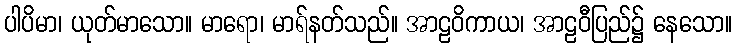
ပါပိမာ၊ ယုတ်မာသော။ မာရော၊ မာရ်နတ်သည်။ အာဠဝိကာယ၊ အာဠဝီပြည်၌ နေသော။